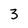
Character: 3